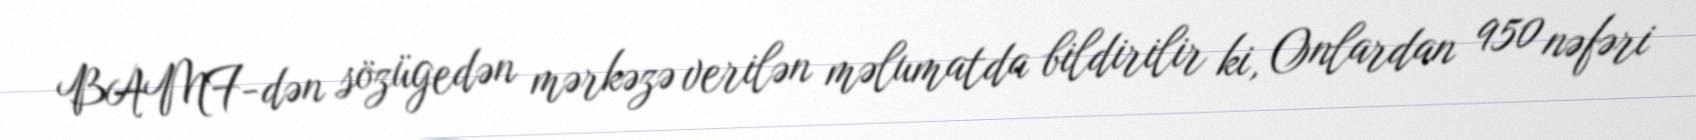
BAMF-dən sözügedən mərkəzə verilən məlumatda bildirilir ki, Onlardan 950 nəfəri